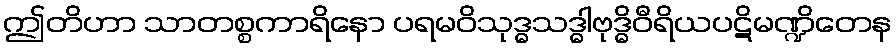
ဤတိဟာ သာတစ္စကာရိနော ပရမဝိသုဒ္ဓသဒ္ဓါဗုဒ္ဓိဝီရိယပဋိမဏ္ဍိတေန